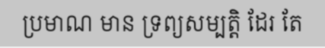
ប្រមាណ មាន ទ្រព្យសម្បត្តិ ដែរ តែ